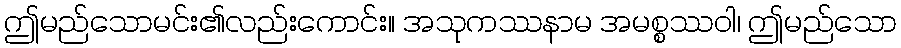
ဤမည်သောမင်း၏လည်းကောင်း။ အသုကဿနာမ အမစ္စဿဝါ၊ ဤမည်သော